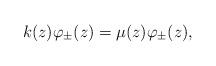
LaTeX: \begin{align*}k(z) \varphi_\pm (z) = \mu(z) \varphi_\pm (z) , \end{align*}